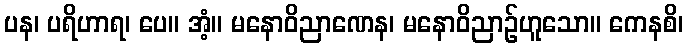
ပန၊ ပရိဟာရ၊ ပေ။ အံ့။ မနောဝိညာဏေန၊ မနောဝိညာဉ်ဟူသော။ ကေနစိ၊